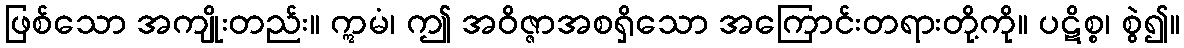
ဖြစ်သော အကျိုးတည်း။ ဣမံ၊ ဤ အဝိဇ္ဇာအစရှိသော အကြောင်းတရားတို့ကို။ ပဋိစ္စ၊ စွဲ၍။